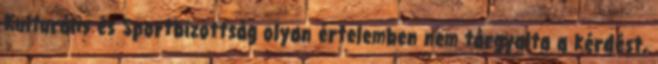
Kulturális és Sportbizottság olyan értelemben nem tárgyalta a kérdést,